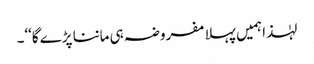
لہٰذا ہمیں پہلا مفروضہ ہی ماننا پڑے گا‘‘۔